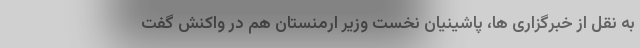
به نقل از خبرگزاری ها، پاشینیان نخست وزیر ارمنستان هم در واکنش گفت